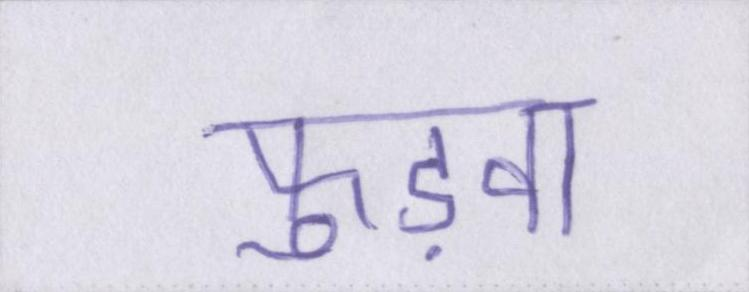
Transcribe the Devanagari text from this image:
फुड़वा